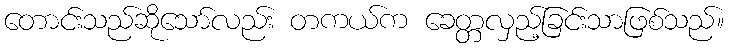
တောင်းသည်ဆိုသော်လည်း တကယ်က ခေတ္တလှည့်ခြင်းသာဖြစ်သည်။